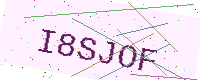
Text: I8SJOF